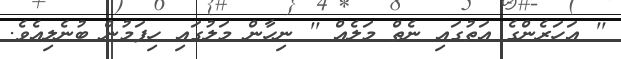
'' އަހަރެންގެ އަތުގައި ނެތް މަލެއް '' ނިހާން މަލުގައި ހިފަމުން ބުނެލިއެވެ.